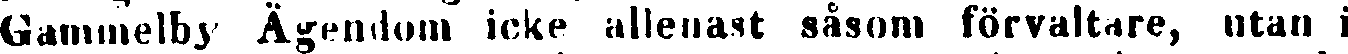
Gammelby Ägendom icke allenast såsom förvaltare, utan i